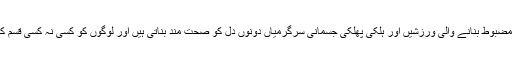
محققین کا کہنا تھا کہ جسم مضبوط بنانے والی ورزشیں اور ہلکی پھلکی جسمانی سرگرمیاں دونوں دل کو صحت مند بناتی ہیں اور لوگوں کو کسی نہ کسی قسم کی ورزش کو اپنالینا چاہئے۔